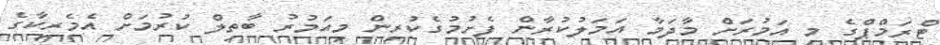
ޓްރަމްޕްގެ މި އަމުރަށް މާދަމާ އަމަލުކުރާން ފެށުމުގެކުރިން މިއަމުރު ބާތިލް ކުރުމަށް އެމެރިކާގެ